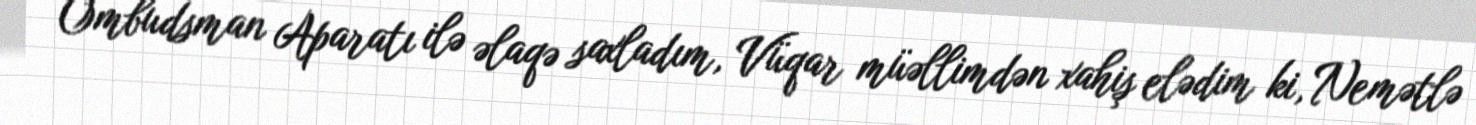
Ombudsman Aparatı ilə əlaqə saxladım, Vüqar müəllimdən xahiş elədim ki, Nemətlə